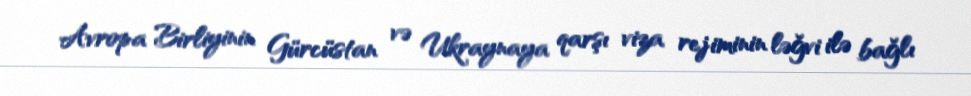
Avropa Birliyinin Gürcüstan və Ukraynaya qarşı viza rejiminin ləğvi ilə bağlı